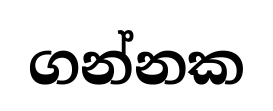
ගන්නක